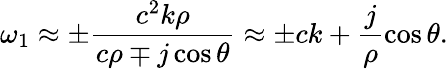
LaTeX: \omega_{1}\approx\pm\frac{c^{2}k\rho}{c\rho\mp j\cos\theta}\approx\pm ck+\frac{j}{\rho}\cos\theta.